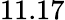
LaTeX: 11.17